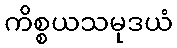
ကိစ္စယသမုဒယံ